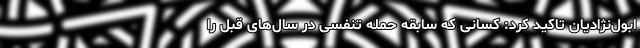
ابول‌نژادیان تاکید کرد: کسانی که سابقه حمله تنفسی در سال‌های قبل را